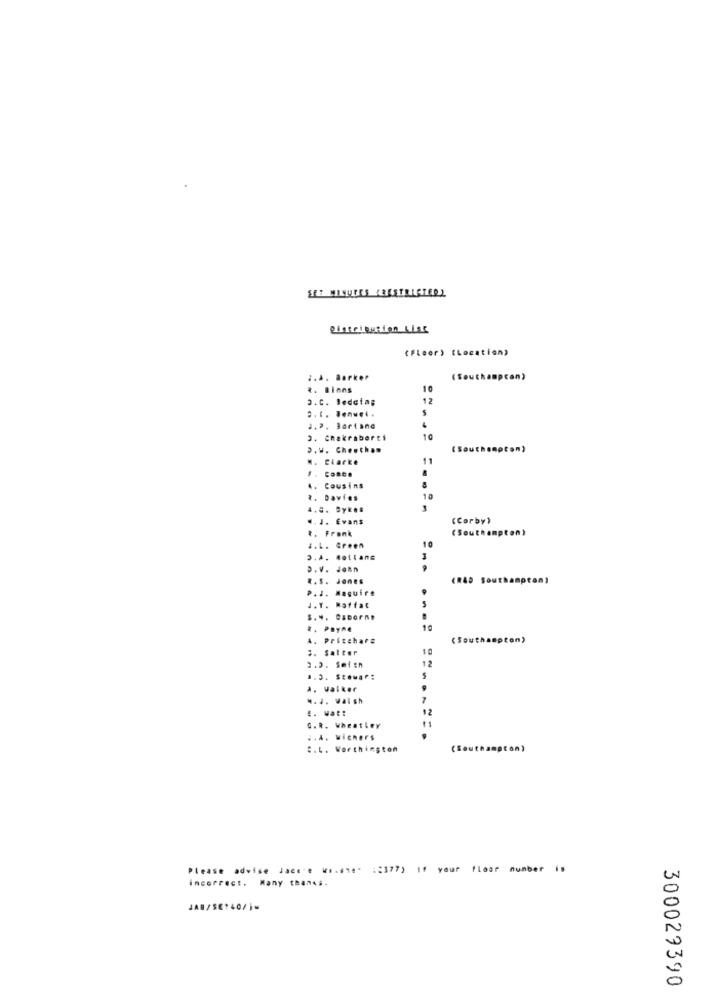
(Floor) (Location)
1.4. Barker
(Southampton)
*. Binns
o.c. Wedding
12
5
..?. Bartane
3. chakraberti
10
D.u. Che.thon
(Southampton)
H. Clarke
11
F. Conco
4. Cousins
2. Davies
4.5. Sykes
.. J. Evans
(Corby)
.. Frank
(Southampton)
4.L. Green
D.V. John
R.S. Jones
(RAD Southampton)
P. J. Maquire
J.T. Raffat
$.4. Osborne
R. PRYA.
10
A. Pritchard
(Southampton)
3. Salter
10
12
2.3. Smith
.. 3. Stewar:
a. walker
w. J. Walsh
12
.. R. Wheatley
.. A. wichers
:. L. Worthington
(Southa
tan)
Please advise Jace'e wi ..... : 2377) if your floor number is
incorrect. Many than ...
JAB/SE140/j=
300029390